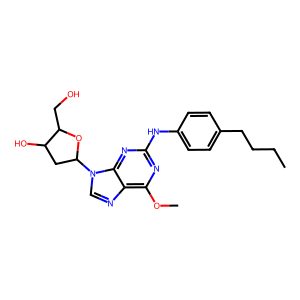
SMILES: CCCCc1ccc(Nc2nc(OC)c3ncn(C4CC(O)C(CO)O4)c3n2)cc1
Inhibits HIV replication: No